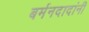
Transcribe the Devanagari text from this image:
बर्मनदादांनी